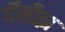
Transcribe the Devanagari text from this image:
गॅलीझ